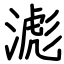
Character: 滮